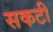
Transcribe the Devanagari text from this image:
सकटी